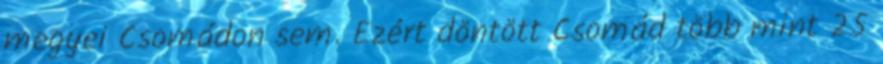
megyei Csomádon sem. Ezért döntött Csomád több mint 25